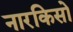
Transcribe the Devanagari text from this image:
नारकिसो